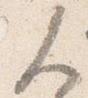
人